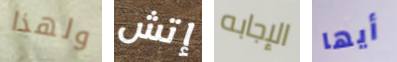
ولهذا إتش الإجابه أيها